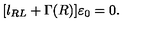
[ l _ { R L } + \Gamma ( R ) ] \varepsilon _ { 0 } = 0 .